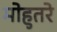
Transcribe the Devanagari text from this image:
मोहुतरे